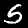
Digit: 5